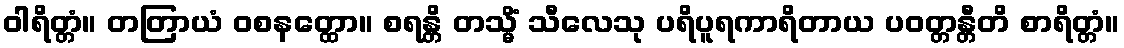
ဝါရိတ္တံ။ တတြာယံ ဝစနတ္ထော။ စရန္တိ တသ္မိံ သီလေသု ပရိပူရကာရိတာယ ပဝတ္တန္တီတိ စာရိတ္တံ။